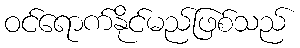
ဝင်ရောက်နိုင်မည်ဖြစ်သည်